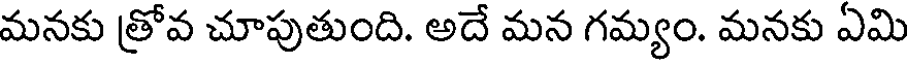
మనకు త్రోవ చూపుతుంది. అదే మన గమ్యం. మనకు ఏమి